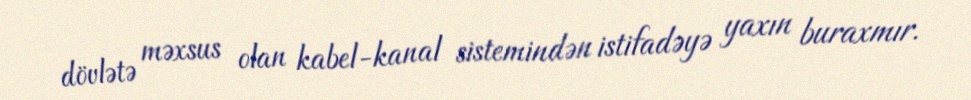
dövlətə məxsus olan kabel-kanal sistemindən istifadəyə yaxın buraxmır.